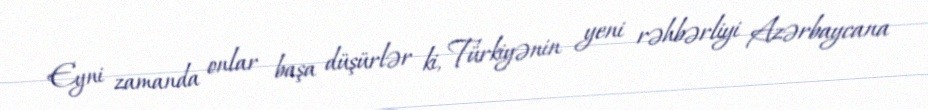
Eyni zamanda onlar başa düşürlər ki, Türkiyənin yeni rəhbərliyi Azərbaycana